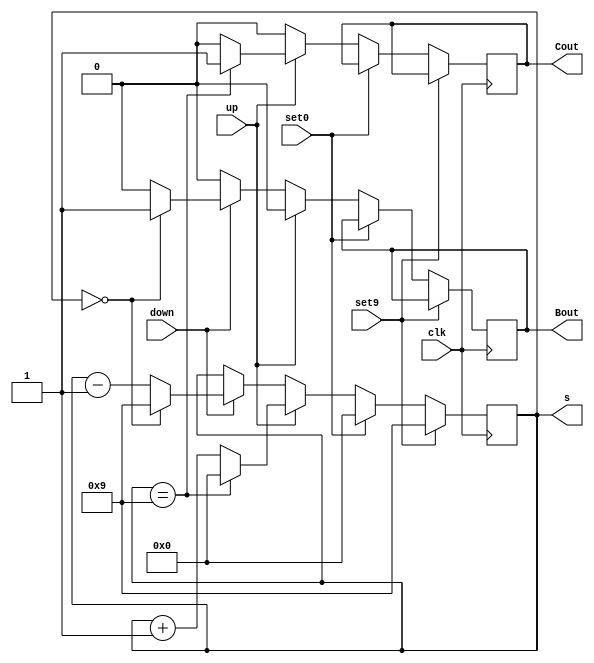
`timescale 1ns / 1ps

module bcd_counter(
    output wire [3:0] s,
    output wire Cout,
    output wire Bout,
    input wire up,
    input wire down,
    input wire set9,
    input wire set0,
    input wire clk
);

    reg [3:0] v = 0;
    reg cout = 0;
    reg bout = 0;
    
    assign s = v;
    assign Cout = cout;
    assign Bout = bout;
    
    always @(posedge clk) begin
        if (set9)
            v <= 4'd9;
        else if (set0)
            v <= 4'd0;
        else begin
            cout <= 0;
            bout <= 0;

            if (up) begin
                if (v == 4'd9) begin
                    v <= 0;
                    cout <= 1;
                end
                else
                    v <= v + 1;
            end
            else if (down) begin
                if (v == 4'd0) begin
                    v <= 4'd9;
                    bout <= 1;
                end
                else
                    v <= v - 1;
            end
        end
    end
endmodule